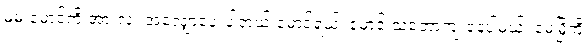
မမ မောင့်ကို အားလုံး အလျှော့ပေးပါတယ် မောင်ရယ်၊ မောင့် သဘောကျ နေပါ့မယ်၊ မေမြို့ကို